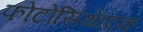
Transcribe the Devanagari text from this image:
फोटोसिंथेटिक